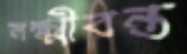
লক্ষ্মীবন্ত